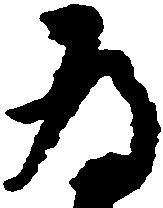
為